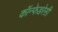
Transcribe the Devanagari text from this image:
कॉन्फेडरेसी